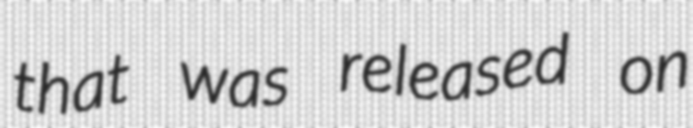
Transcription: that was released on